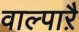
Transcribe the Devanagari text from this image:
वाल्पाऱै